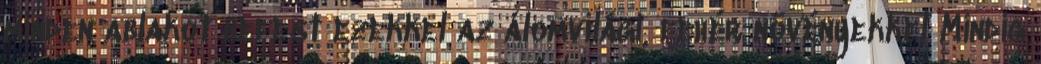
minden ablakot befest ezekkel az álomvilági, fehér növényekkel Mindig